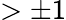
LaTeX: >\pm 1